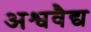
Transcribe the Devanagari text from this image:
अश्ववैद्य